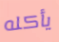
يأكله